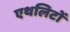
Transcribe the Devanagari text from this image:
एथलिटों